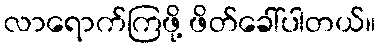
လာရောက်ကြဖို့ ဖိတ်ခေါ်ပါတယ်။